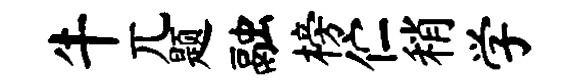
牛兀题融榜伫稍学